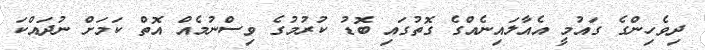
ދިވެހިންގެ ގައުމީ އެއާލައިނެއްގެ ގޮތުގައި ބޮޑު ކުރުމުގެ ވިސްނުމެއް އޮތް ކަމަށް ނުދައްކަ